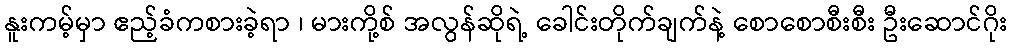
နူးကမ့်မှာ ဧည့်ခံကစားခဲ့ရာ ၊ မားကို့စ် အလွန်ဆိုရဲ့ ခေါင်းတိုက်ချက်နဲ့ စောစောစီးစီး ဦးဆောင်ဂိုး